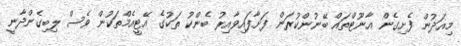
މިއަދުން ފެށިގެން އާނޫޓްތައް ބޭނުންކުރަން ފަށާފައިވާއިރު ބެންކު ތަކުގެ އޭޓީއެމްތަކުން ވެސް ލިބިގެންދާނީ